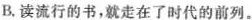
B.读流行的书，就走在了时代的前列。